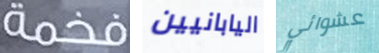
فخمة اليابانيين عشوائي